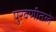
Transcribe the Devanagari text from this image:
पुरवणीतले